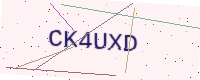
Text: CK4UXD